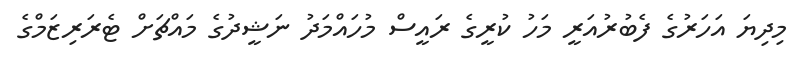
މިދިޔަ އަހަރުގެ ފެބުރުއަރީ މަހު ކުރީގެ ރައީސް މުހައްމަދު ނަޝީދުގެ މައްޗަށް ޓެރަރިޒަމްގެ